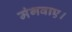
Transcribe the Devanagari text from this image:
मंगवाए।